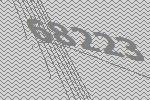
68223